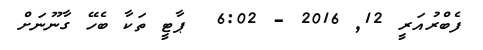
ފެބްރުއަރީ 12